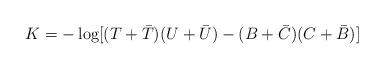
LaTeX: \begin{align*}K= -\log[(T + {\bar T})(U+{\bar U}) -(B+ {\bar C})(C + {\bar B})]\end{align*}